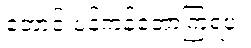
တောင်းပန်ကန်တော့ကြရပုံ။